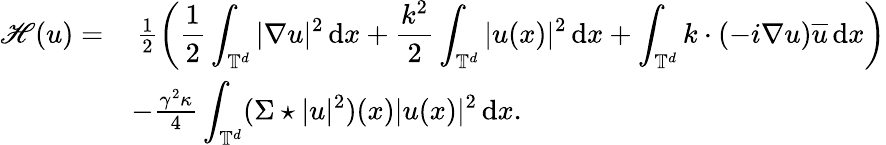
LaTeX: \begin{array}{rl}{\mathscr H(u)=}&{\, \frac 12\left(\displaystyle\frac 12\displaystyle\int_{\mathbb T^{d}}|\nabla u|^{2}\, {\mathrm{d}}x+\frac{k^{2}}{2}\int_{\mathbb T^{d}}|u(x)|^{2}\, {\mathrm{d}}x+\int_{\mathbb{T}^{d}}k\cdot(-i\nabla u)\overline{{u}}\, {\mathrm{d}}x\right)}\\ &{-\frac{\gamma^{2}\kappa}{4}\displaystyle\int_{\mathbb T^{d}}(\Sigma\star|u|^{2})(x)|u(x)|^{2}\, {\mathrm{d}}x.}\end{array}